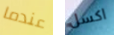
عندما اكسل